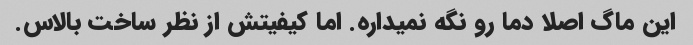
این ماگ اصلا دما رو نگه نمیداره. اما کیفیتش از نظر ساخت بالاس.